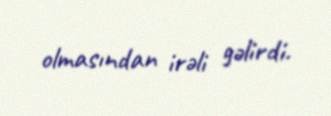
olmasından irəli gəlirdi.